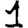
Digit: 1